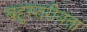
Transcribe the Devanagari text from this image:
बहुस्तरीयता